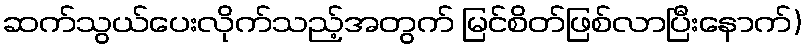
ဆက်သွယ်ပေးလိုက်သည့်အတွက် မြင်စိတ်ဖြစ်လာပြီးနောက်)